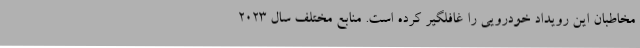
مخاطبان این رویداد خودرویی را غافلگیر کرده است. منابع مختلف سال 2023